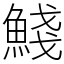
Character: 䱠